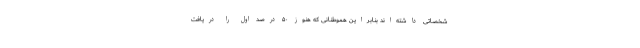
شخصاتی داشته‌اند بنابراین هموطنانی که هنوز ۵۰ درصد اول را دریافت